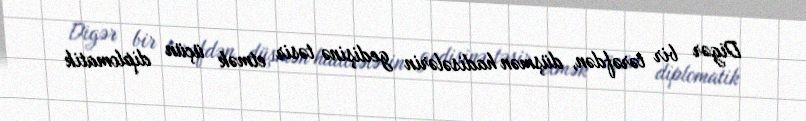
Digər bir tərəfdən, düşmən hadisələrin gedişinə təsir etmək üçün diplomatik